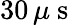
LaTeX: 30\, \mu\mathrm{~s~}